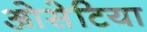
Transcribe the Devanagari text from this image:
ओसेटिया